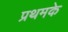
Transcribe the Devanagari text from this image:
प्रथमके